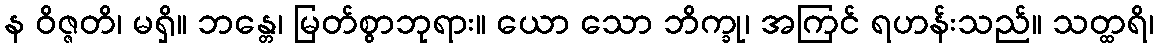
န ဝိဇ္ဇတိ၊ မရှိ။ ဘန္တေ၊ မြတ်စွာဘုရား။ ယော သော ဘိက္ခု၊ အကြင် ရဟန်းသည်။ သတ္ထရိ၊